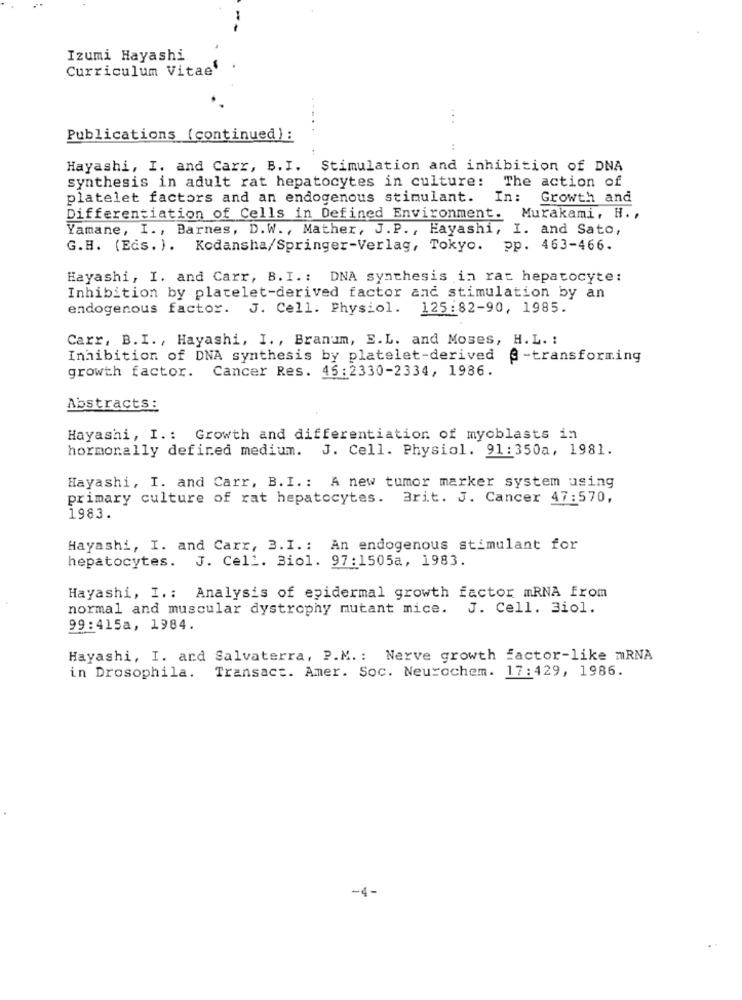
Izumi Hayashi
Curriculum Vitae
.. .
Publications (continued) :
Hayashi, I. and Carr, B.I. Stimulation and inhibition of DNA
synthesis in adult rat hepatocytes in culture: The action of
platelet factors and an endogenous stimulant. In:
Growth and
Differentiation of Cells in Defined Environment. Murakami, H. ,
Yamane, I ., Barnes, D.W ., Mather, J.P ., Hayashi, I. and Sato,
G.H. (Eds. ) . Kodansha/Springer-Verlag, Tokyo. pp. 463-466.
Hayashi, I. and Carr, B. I .: DNA synthesis in rat hepatocyte:
Inhibition by platelet-derived factor and stimulation by an
endogenous factor. J. Cell. Physiol. 125:82-90, 1985.
Carr, B.I ., Hayashi, I ., Branum, E.L. and Moses, H.L. :
Inhibition of DNA synthesis by platelet-derived
@ -transforming
growth factor. Cancer Res. 46:2330-2334, 1986.
Abstracts:
Hayashi, I .: Growth and differentiation of myoblasts in
hormonally defined medium. J. Cell. Physiol. 91:350a, 1981.
Hayashi, I. and Carr, B. I .: A new tumor marker system using
primary culture of rat hepatocytes. Brit. J. Cancer 47:570,
1983.
Hayashi, I. and Carr, 3.I .: An endogenous stimulant for
hepatocytes. J. Cell. Biol. 97:1505a, 1983.
Hayashi, I .: Analysis of epidermal growth factor mRNA From
normal and muscular dystrophy mutant mice. J. Cell. Biol.
99:415a, 1984.
Hayashi, I. ard Salvaterra, P.M .: Nerve growth factor-like mRNA
Transact. Amer. Soc. Neurochem. 17:429, 1986.
in Drosophila.
-4-